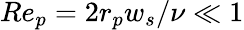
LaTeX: Re_{p}=2r_{p}w_{s}/\nu\ll 1